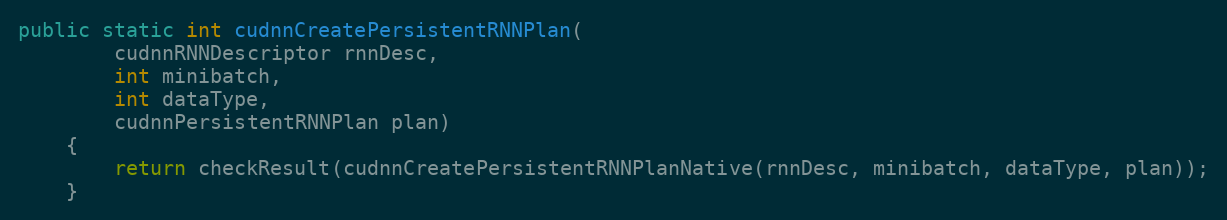
Language: Java
public static int cudnnCreatePersistentRNNPlan(
        cudnnRNNDescriptor rnnDesc,
        int minibatch,
        int dataType,
        cudnnPersistentRNNPlan plan)
    {
        return checkResult(cudnnCreatePersistentRNNPlanNative(rnnDesc, minibatch, dataType, plan));
    }